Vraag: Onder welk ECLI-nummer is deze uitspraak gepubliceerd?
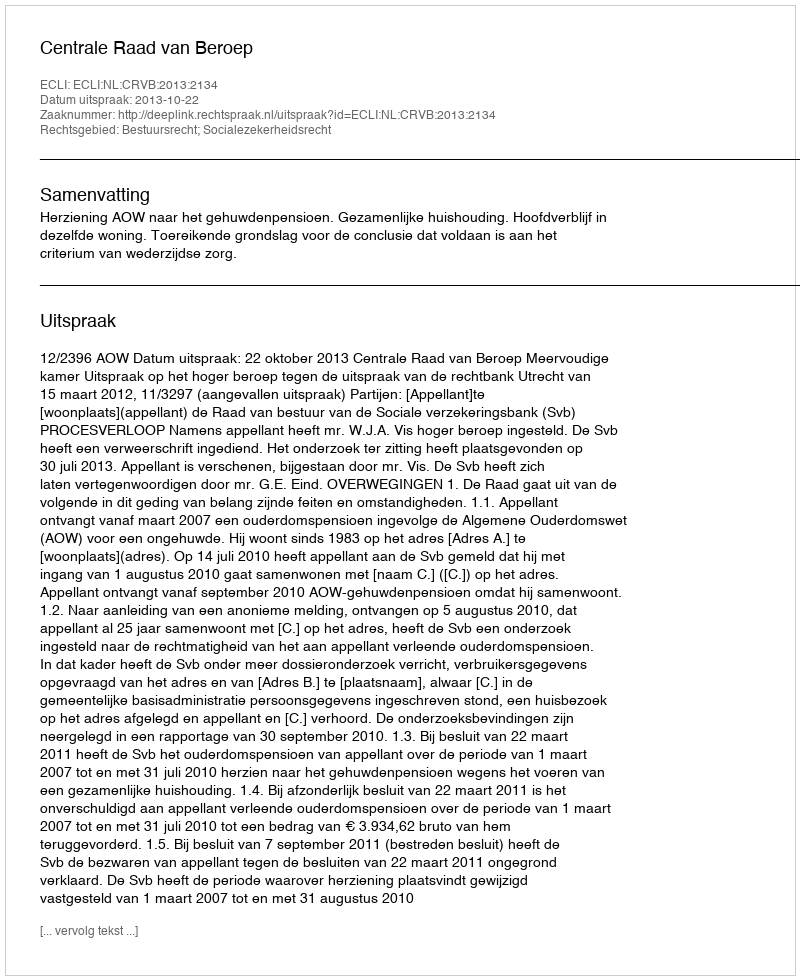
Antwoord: ECLI:NL:CRVB:2013:2134